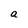
Character: a